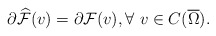
\begin{align*} \partial\widehat{\mathcal{F}}(v)=\partial\mathcal{F}(v),\forall\ v\in C(\overline{\Omega}).\end{align*}